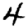
Digit: 4